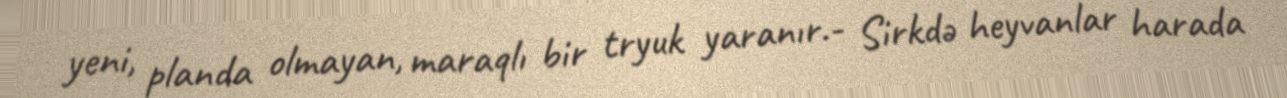
yeni, planda olmayan, maraqlı bir tryuk yaranır.- Sirkdə heyvanlar harada